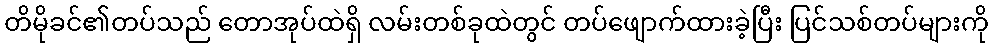
တိမိုခင်၏တပ်သည် တောအုပ်ထဲရှိ လမ်းတစ်ခုထဲတွင် တပ်ဖျောက်ထားခဲ့ပြီး ပြင်သစ်တပ်များကို